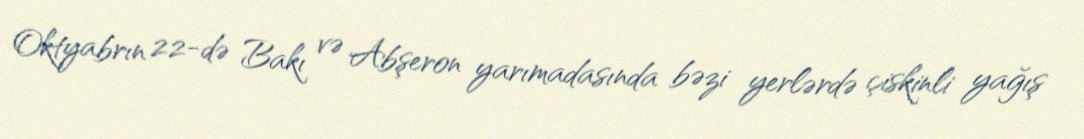
Oktyabrın 22-də Bakı və Abşeron yarımadasında bəzi yerlərdə çiskinli yağış